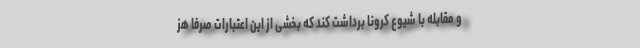
و مقابله با شیوع كرونا برداشت كند كه بخشی از این اعتبارات صرفا هز